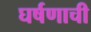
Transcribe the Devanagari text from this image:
घर्षणाची